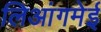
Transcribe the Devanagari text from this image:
लिआंगमेई